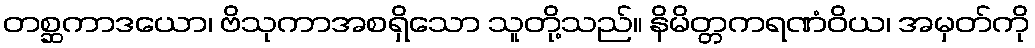
တစ္ဆကာဒယော၊ ဗိသုကာအစရှိသော သူတို့သည်။ နိမိတ္တကရဏံဝိယ၊ အမှတ်ကို